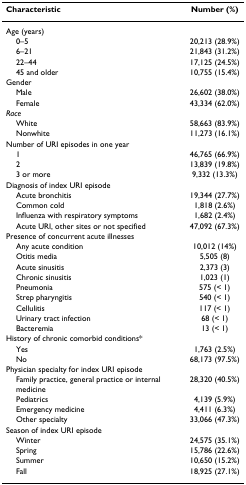
<table><thead><tr><td><b>Characteristic</b></td><td><b>Number (%)</b></td></tr></thead><tbody><tr><td>Age (years)</td><td></td></tr><tr><td> 0–5</td><td>20,213 (28.9%)</td></tr><tr><td> 6–21</td><td>21,843 (31.2%)</td></tr><tr><td> 22–44</td><td>17,125 (24.5%)</td></tr><tr><td> 45 and older</td><td>10,755 (15.4%)</td></tr><tr><td>Gender</td><td></td></tr><tr><td> Male</td><td>26,602 (38.0%)</td></tr><tr><td> Female</td><td>43,334 (62.0%)</td></tr><tr><td><i>Race</i></td><td></td></tr><tr><td> White</td><td>58,663 (83.9%)</td></tr><tr><td> Nonwhite</td><td>11,273 (16.1%)</td></tr><tr><td>Number of URI episodes in one year</td><td></td></tr><tr><td> 1</td><td>46,765 (66.9%)</td></tr><tr><td> 2</td><td>13,839 (19.8%)</td></tr><tr><td> 3 or more</td><td>9,332 (13.3%)</td></tr><tr><td>Diagnosis of index URI episode</td><td></td></tr><tr><td> Acute bronchitis</td><td>19,344 (27.7%)</td></tr><tr><td> Common cold</td><td>1,818 (2.6%)</td></tr><tr><td> Influenza with respiratory symptoms</td><td>1,682 (2.4%)</td></tr><tr><td> Acute URI, other sites or not specified</td><td>47,092 (67.3%)</td></tr><tr><td>Presence of concurrent acute illnesses</td><td></td></tr><tr><td> Any acute condition</td><td>10,012 (14%)</td></tr><tr><td> Otitis media</td><td>5,505 (8)</td></tr><tr><td> Acute sinusitis</td><td>2,373 (3)</td></tr><tr><td> Chronic sinusitis</td><td>1,023 (1)</td></tr><tr><td> Pneumonia</td><td>575 (&lt; 1)</td></tr><tr><td> Strep pharyngitis</td><td>540 (&lt; 1)</td></tr><tr><td> Cellulitis</td><td>117 (&lt; 1)</td></tr><tr><td> Urinary tract infection</td><td>68 (&lt; 1)</td></tr><tr><td> Bacteremia</td><td>13 (&lt; 1)</td></tr><tr><td>History of chronic comorbid conditions*</td><td></td></tr><tr><td> Yes</td><td>1,763 (2.5%)</td></tr><tr><td> No</td><td>68,173 (97.5%)</td></tr><tr><td>Physician specialty for index URI episode</td><td></td></tr><tr><td> Family practice, general practice or internal medicine</td><td>28,320 (40.5%)</td></tr><tr><td> Pediatrics</td><td>4,139 (5.9%)</td></tr><tr><td> Emergency medicine</td><td>4,411 (6.3%)</td></tr><tr><td> Other specialty</td><td>33,066 (47.3%)</td></tr><tr><td>Season of index URI episode</td><td></td></tr><tr><td> Winter</td><td>24,575 (35.1%)</td></tr><tr><td> Spring</td><td>15,786 (22.6%)</td></tr><tr><td> Summer</td><td>10,650 (15.2%)</td></tr><tr><td> Fall</td><td>18,925 (27.1%)</td></tr></tbody></table>